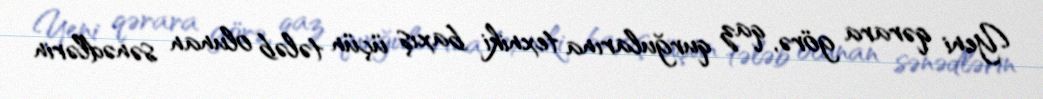
Yeni qərara görə, qaz qurğularına texniki baxış üçün tələb olunan sənədlərin